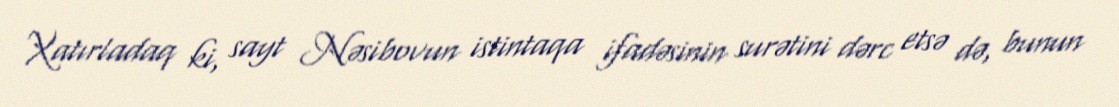
Xatırladaq ki, sayt Nəsibovun istintaqa ifadəsinin surətini dərc etsə də, bunun